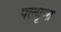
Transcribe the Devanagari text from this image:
फ्ल्यूचा